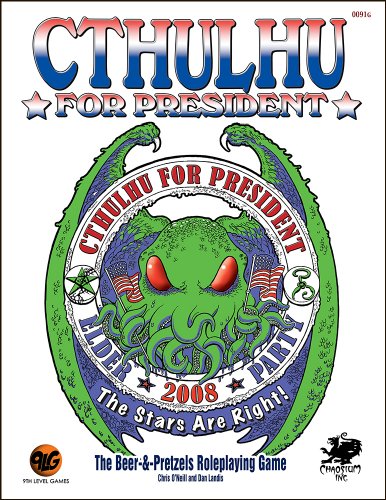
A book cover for Cthulhu For President; C. O'Neill; Science Fiction & Fantasy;